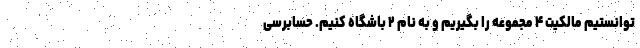
توانستیم مالکیت ۴ مجموعه را بگیریم و به نام ۲ باشگاه کنیم. حسابرسی